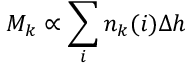
M _ { k } \propto \sum _ { i } n _ { k } ( i ) \Delta h